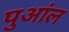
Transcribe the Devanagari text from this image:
पुआंल